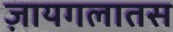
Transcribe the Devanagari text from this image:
ज़ायगलातस